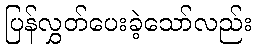
ပြန်လွှတ်ပေးခဲ့သော်လည်း